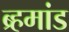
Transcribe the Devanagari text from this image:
ब्र्हमांड